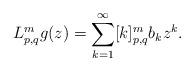
LaTeX: \begin{align*}L^m_{p,q}g(z)=\sum_{{k=1}}^{\infty}[k]^m_{p,q}b_{k} z^{k}.\end{align*}